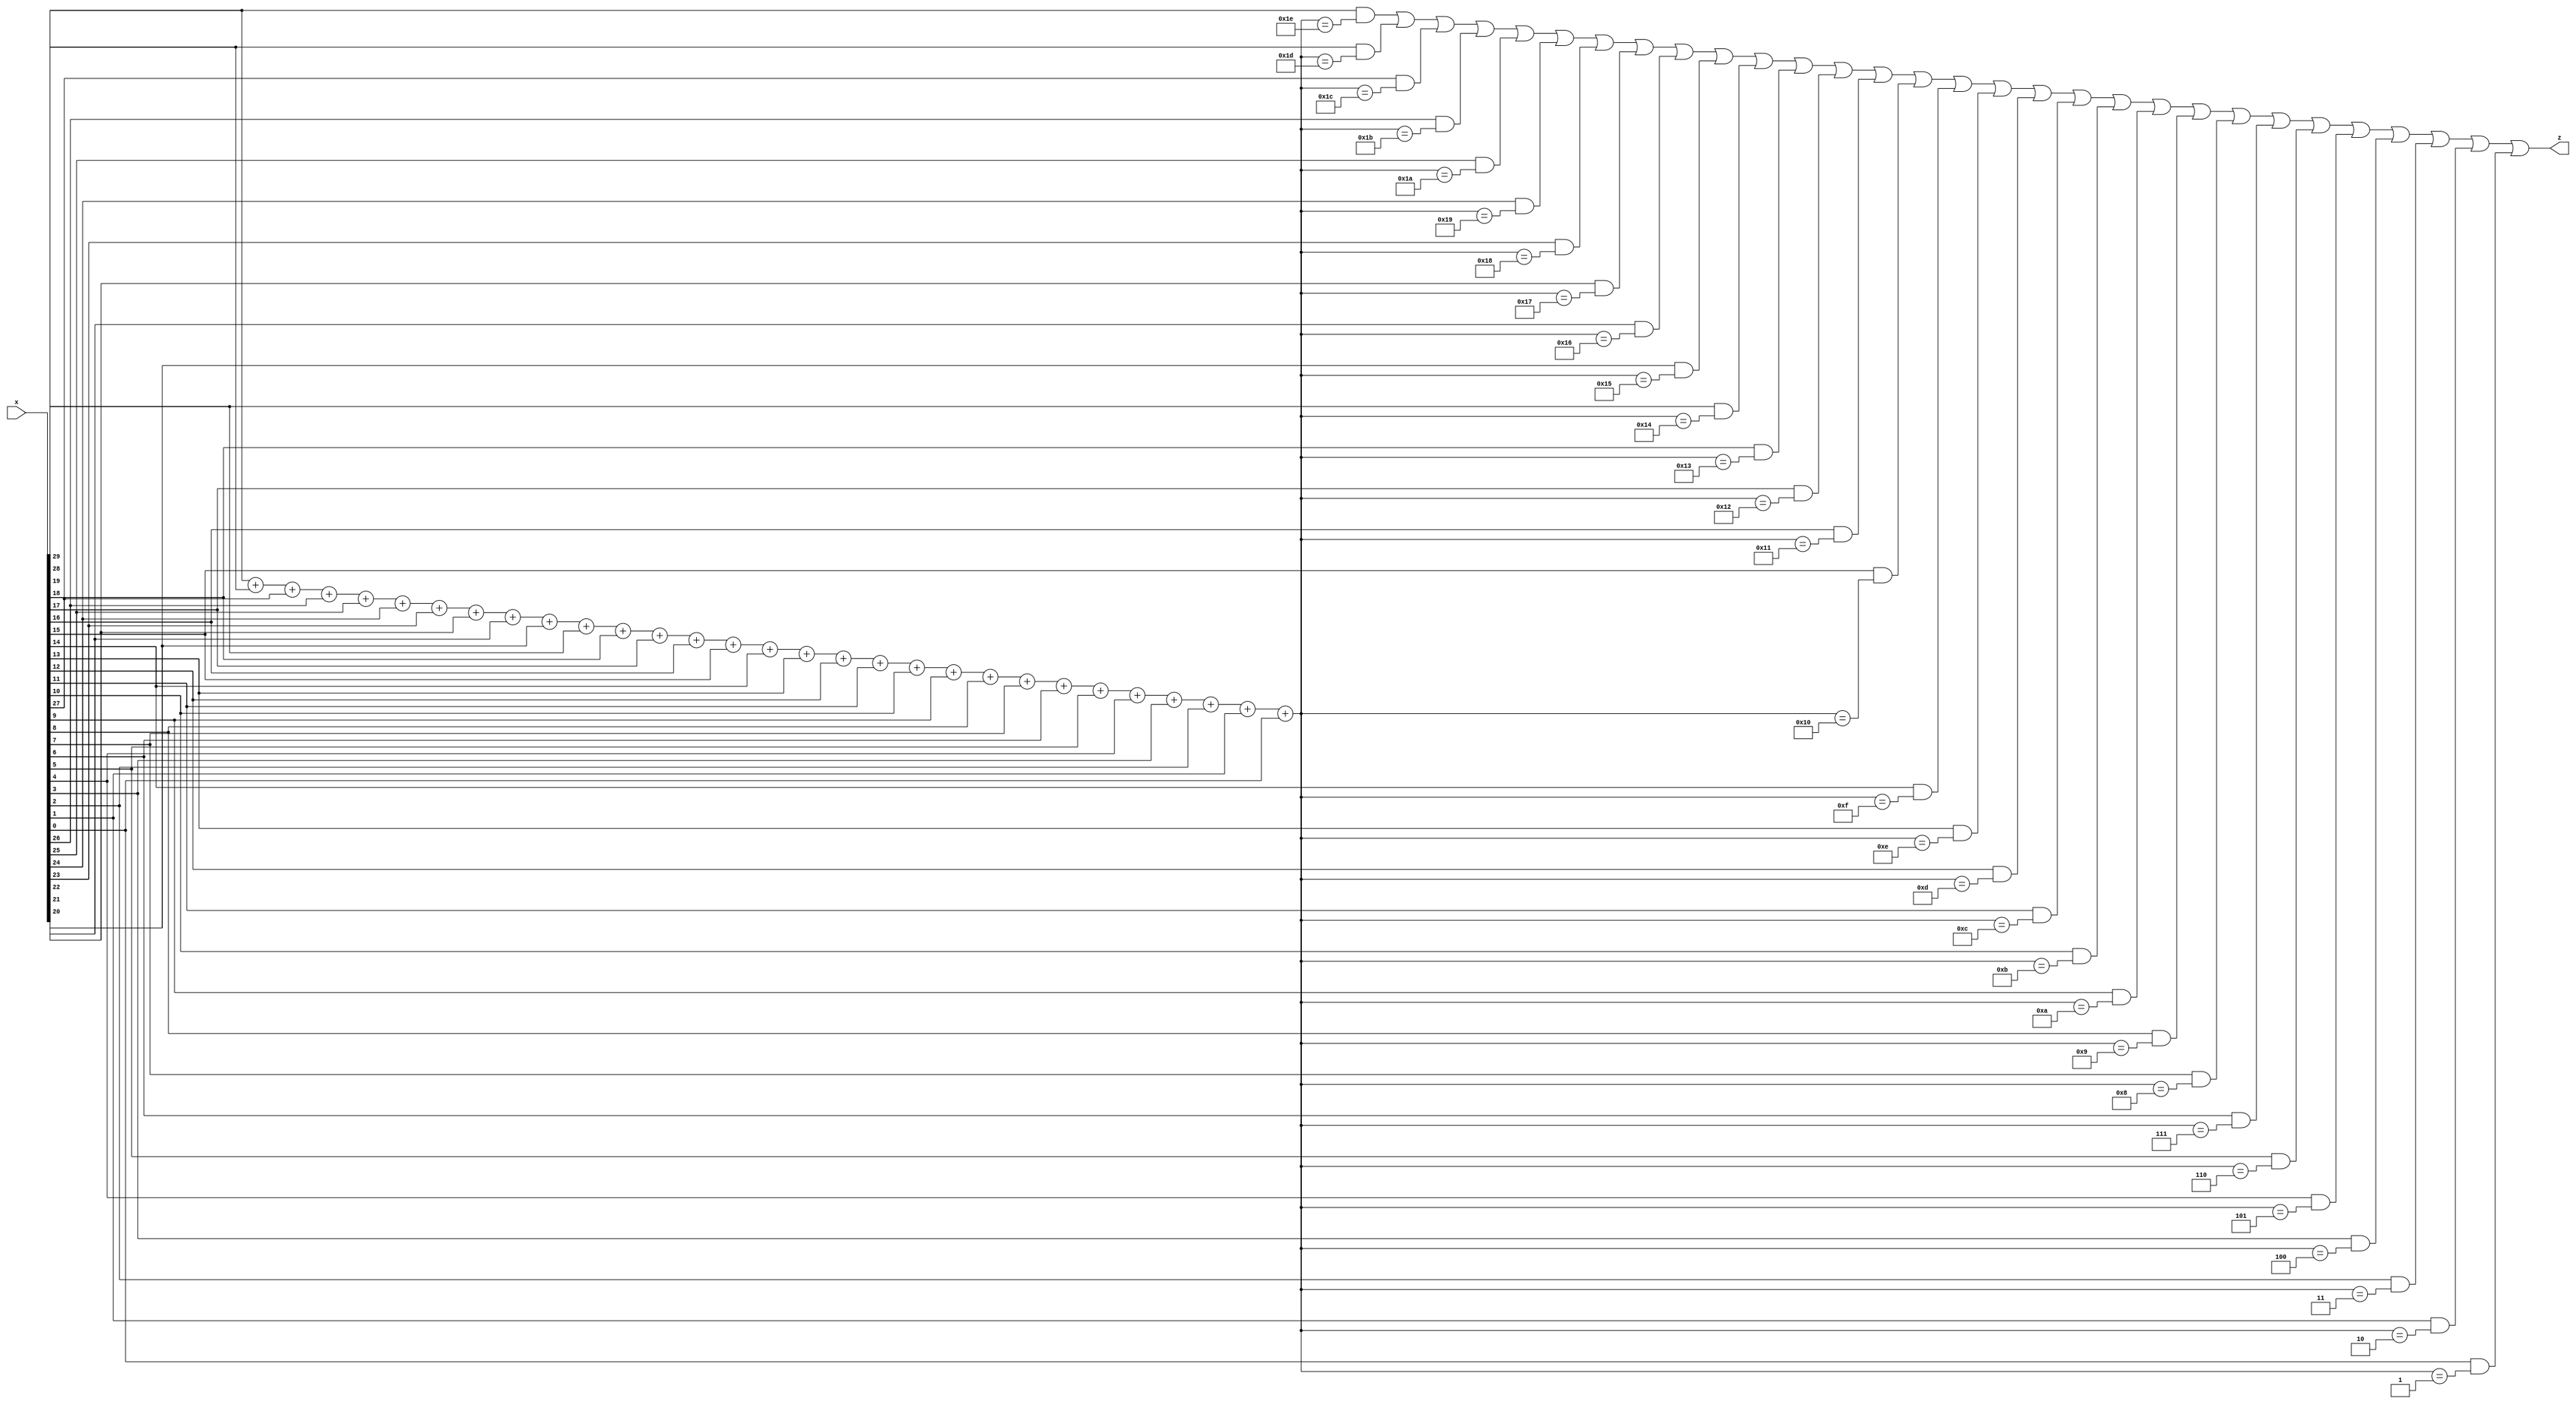
module hwb30(x,z);
    input [30:1] x;
    output z;

    wire [4:0] sum;

    assign sum =
	{4'b0,x[30]} +
	{4'b0,x[29]} +
	{4'b0,x[28]} +
	{4'b0,x[27]} +
	{4'b0,x[26]} +
	{4'b0,x[25]} +
	{4'b0,x[24]} +
	{4'b0,x[23]} +
	{4'b0,x[22]} +
	{4'b0,x[21]} +
	{4'b0,x[20]} +
	{4'b0,x[19]} +
	{4'b0,x[18]} +
	{4'b0,x[17]} +
	{4'b0,x[16]} +
	{4'b0,x[15]} +
	{4'b0,x[14]} +
	{4'b0,x[13]} +
	{4'b0,x[12]} +
	{4'b0,x[11]} +
	{4'b0,x[10]} +
	{4'b0,x[9]} +
	{4'b0,x[8]} +
	{4'b0,x[7]} +
	{4'b0,x[6]} +
	{4'b0,x[5]} +
	{4'b0,x[4]} +
	{4'b0,x[3]} +
	{4'b0,x[2]} +
	{4'b0,x[1]};

    assign z = 
	x[30] & (sum == 30) |
	x[29] & (sum == 29) |
	x[28] & (sum == 28) |
	x[27] & (sum == 27) |
	x[26] & (sum == 26) |
	x[25] & (sum == 25) |
	x[24] & (sum == 24) |
	x[23] & (sum == 23) |
	x[22] & (sum == 22) |
	x[21] & (sum == 21) |
	x[20] & (sum == 20) |
	x[19] & (sum == 19) |
	x[18] & (sum == 18) |
	x[17] & (sum == 17) |
	x[16] & (sum == 16) |
	x[15] & (sum == 15) |
	x[14] & (sum == 14) |
	x[13] & (sum == 13) |
	x[12] & (sum == 12) |
	x[11] & (sum == 11) |
	x[10] & (sum == 10) |
	x[9] & (sum == 9) |
	x[8] & (sum == 8) |
	x[7] & (sum == 7) |
	x[6] & (sum == 6) |
	x[5] & (sum == 5) |
	x[4] & (sum == 4) |
	x[3] & (sum == 3) |
	x[2] & (sum == 2) |
	x[1] & (sum == 1);

endmodule // hwb